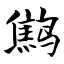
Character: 鹪